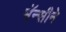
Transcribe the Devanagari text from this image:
मॅन्सीने